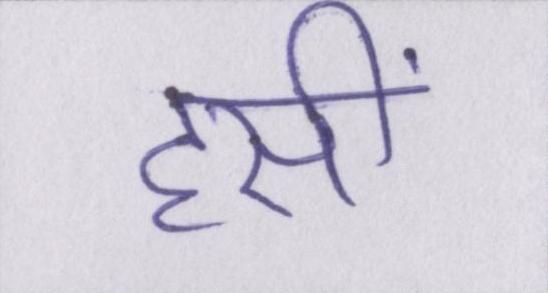
हसीं